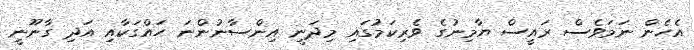
އެހެން ނަމަވެސް ރައީސް ޔާމިނުގެ ވެރިކަމުގައި މިދަނީ އިންސާނުންނަ ހައްގަކާއި އަދި ގާނޫނީ